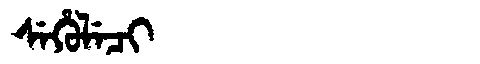
Manchu: ᠰᡝᡥᡠᠯᡝᠴᡳ
Romanization: SEHULECI